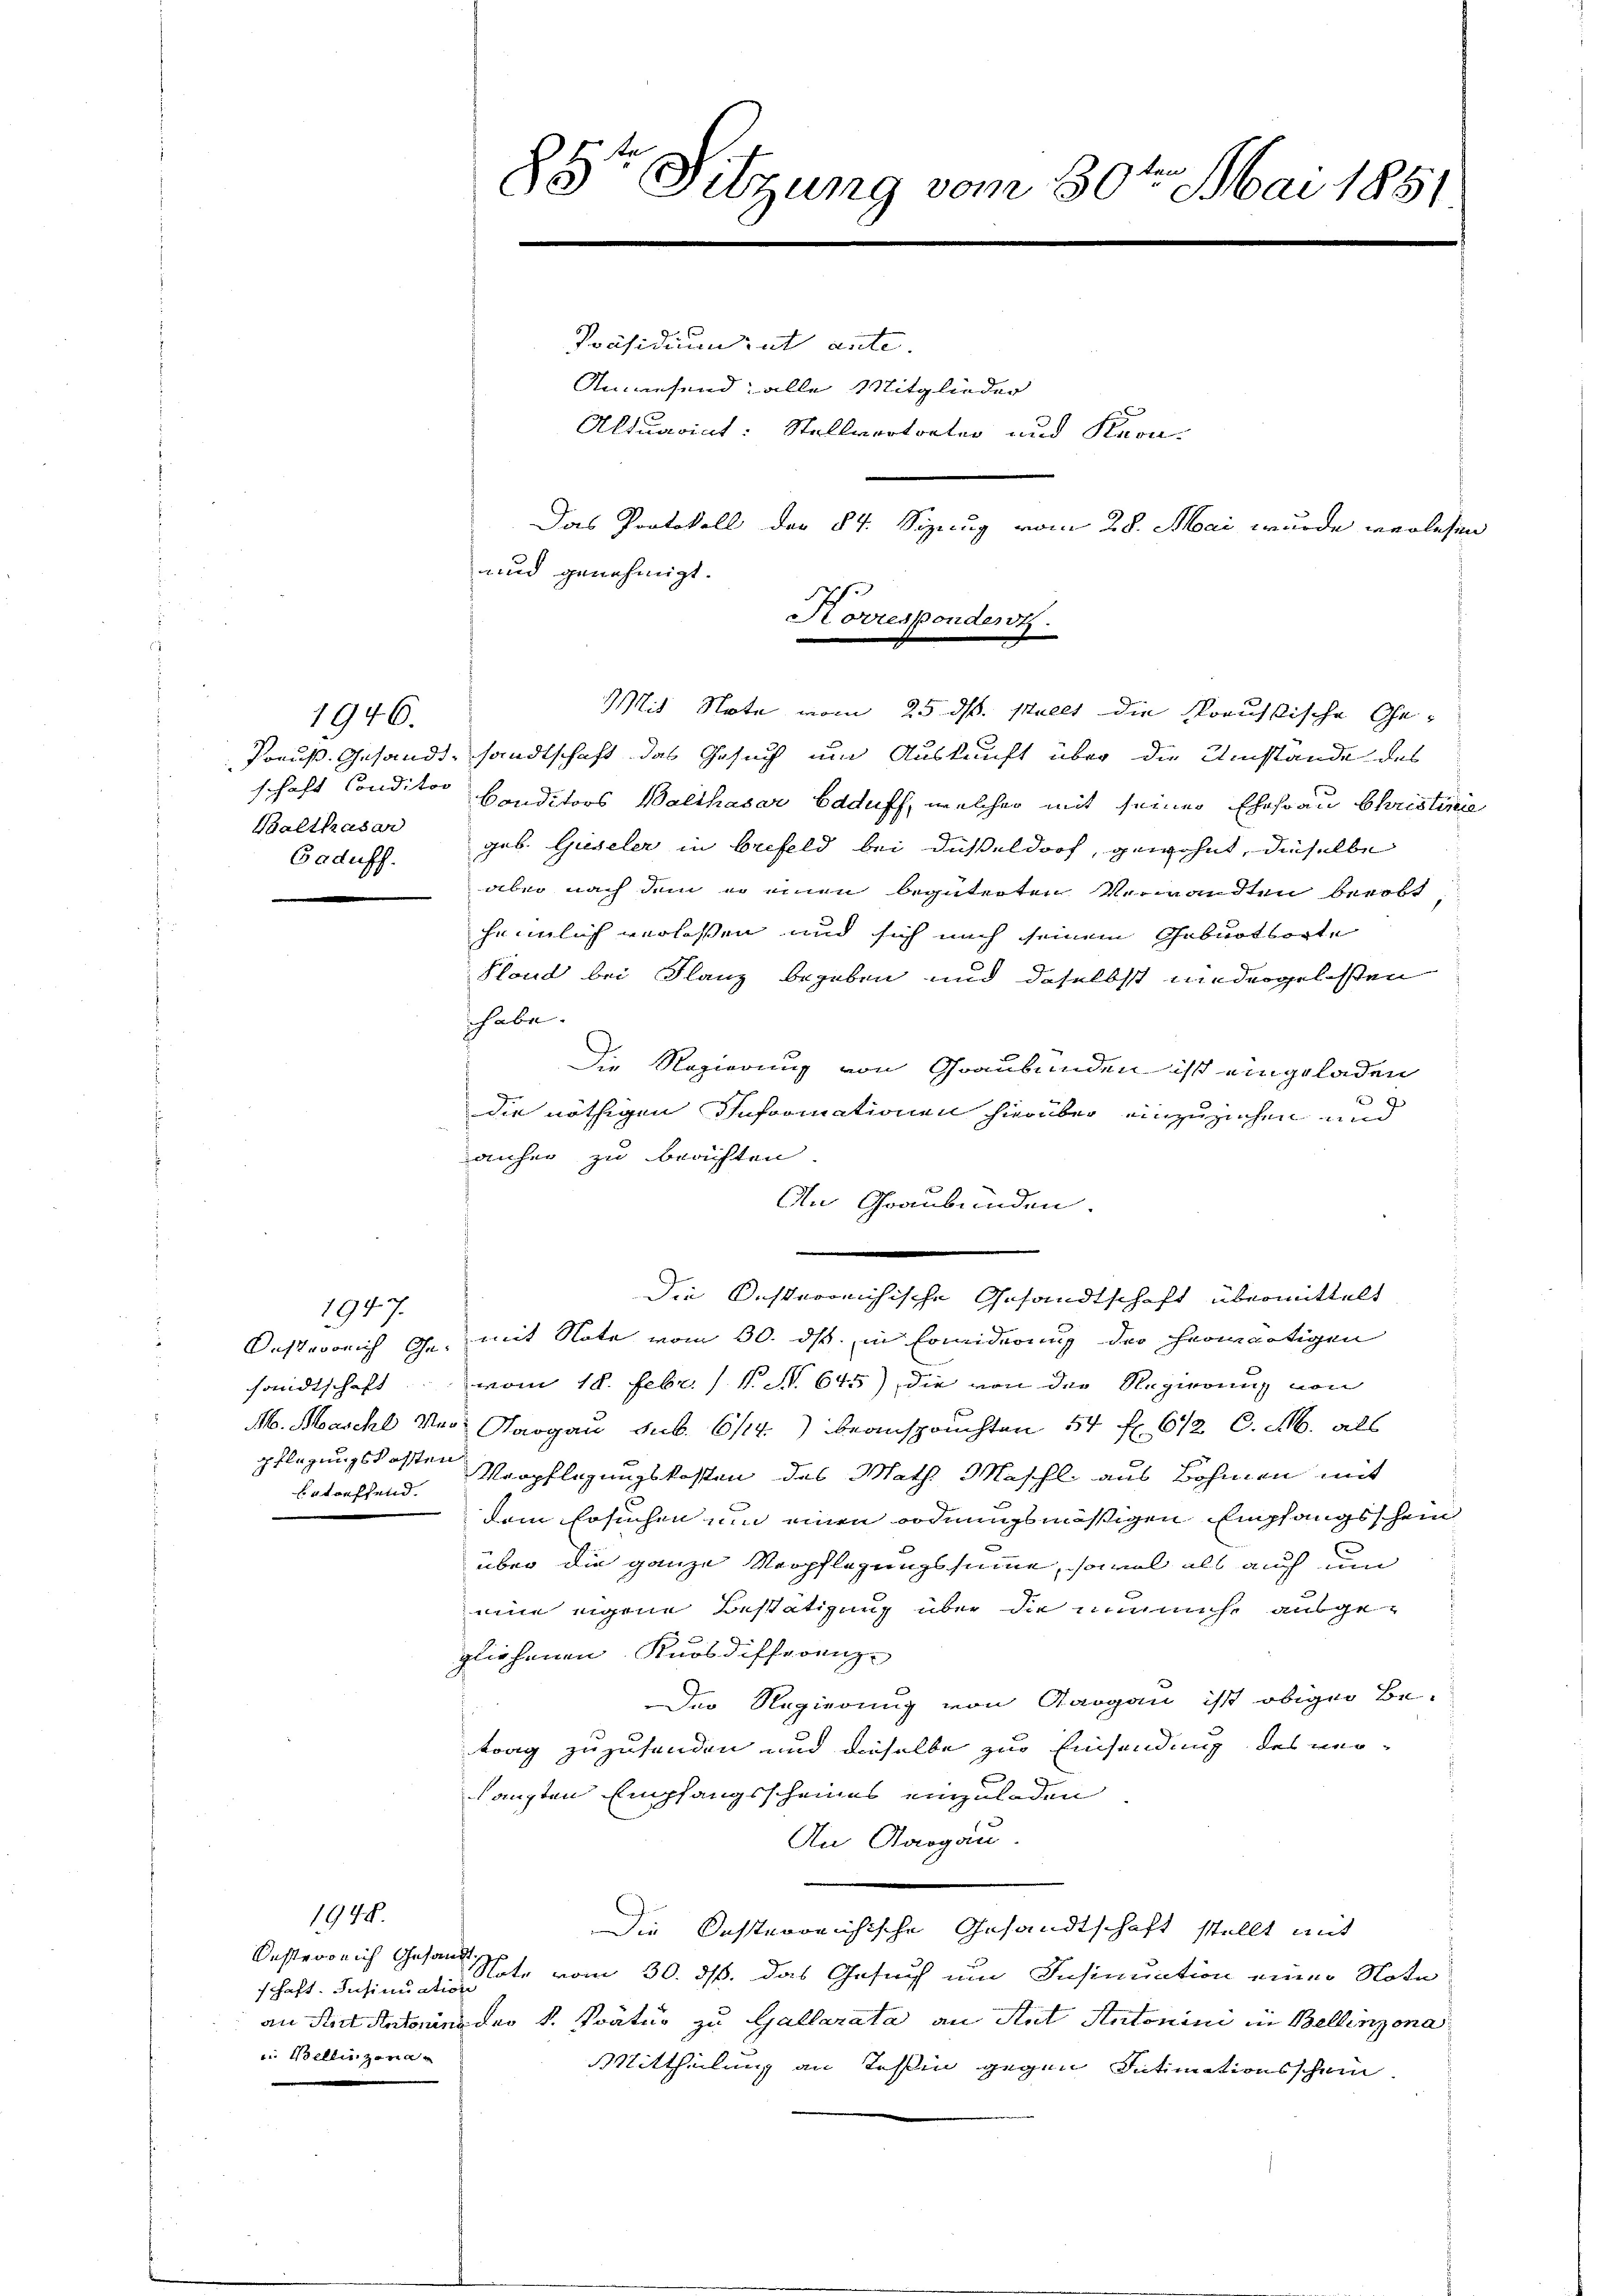
1946.
Balthasar
Gaduff.

betreffend.

1947.

1948.

schaft. Insinuation
i. Bellinzona¬

85te Sitzung vom 30ten Mai 1851
e

Präsidium hat ante.
Anwesend; alle Mitglieder
Altuarint: Stellvertreten und Kern-
Das Protokoll der St. Sizung vom 28. Mai wurde verlesen
und genehmigt.

Horrespondert.

Mit Note vom 25. ds. stellt die Korussische Ge¬
Preuß. Gesandt, sandtschaft das Gesuch um Auskunft über die Umstände des
schaft Conditor Conditors Walthasar baduff, welcher mit seiner Ehefrau Christinie
geb. Gieseler in brefeld bei Düßeldorf, gewohnt, dieselbe
aber nach dem er einen begüterten Verwandten beholf
heimlich verlassen und sich nach seinem Geburtsorte
Stand bei Flanz begeben und daselbst niedergelassen
habe.
Die Regierung von Graubünden ist eingeladen
1
die nöthigen Informationen hierüber einzuziehen und
anher zu beachten
An Graubünden.
Oesterrich den mit Note vom 30. ds. in Erwiderung der herwärtigen
sandtschaft vom 18. Febr. / N. N. 645), die von der Regierung von
M. Maschl der Margau sub. 614.) beanspruchten 54 f. 612 C. M. als
pflegungskosten Verpflegungskosten des Math Maschli aus Böhmen mit
dem Ersuchen um einen ordnungsmäßigen Empfangsschein
über die ganze Verpflegungssumme, sowol als auch um
eine eigene Bestätigung über die nunmehr ausgeglichenen Knosdifferenz-
Der Regierung von Aargau ist obiger Be-
trag zuzusenden und dieselbe zur Einsendung des veraugten Empfangsscheines einzuladen
An Aargau.
Die Kosterreichische Gesandtschaft stellt mit
Oesterrich Ges. Sie vom 30. ds. das Gesuch um Insinuation einer Note
an Stadt Rectorin der k. Status zu Gallarata an Ant Antonini in Bellinzona
Mittheilung an Tessin gegen Intimationsschein

Die Oesterreichische Gesandtschaft übermittelt